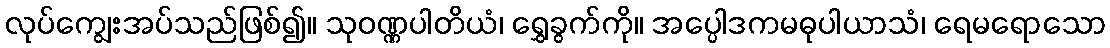
လုပ်ကျွေးအပ်သည်ဖြစ်၍။ သုဝဏ္ဏပါတိယံ၊ ရွှေခွက်ကို။ အပ္ပေါဒကမဓုပါယာသံ၊ ရေမရောသော